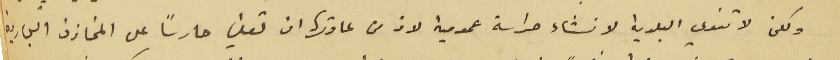
ولكن لا تنوي البلدية لانشاء حراسة عمومية لان من عادتها ان تعين حارساً على المخازن التجارية